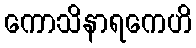
ကောသိနာရကေဟိ